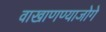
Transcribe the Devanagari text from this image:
वाखाणण्याजोगे